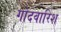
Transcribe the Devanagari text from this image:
गोदवारिश